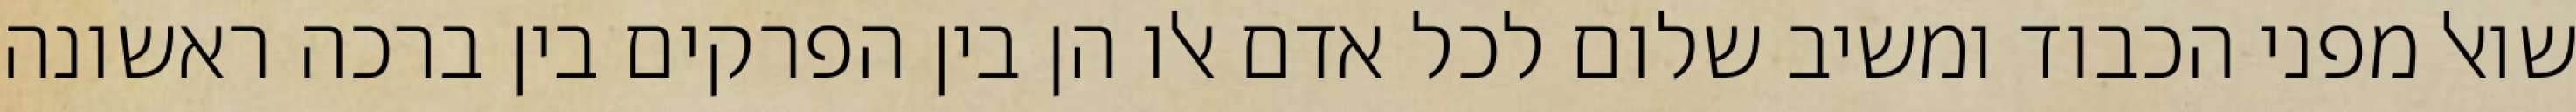
שואל מפני הכבוד ומשיב שלום לכל אדם אלו הן בין הפרקים בין ברכה ראשונה